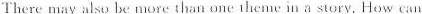
There may also be more than onc 1 hemc n a story. How can